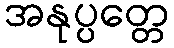
အနုပ္ပတ္တေ